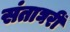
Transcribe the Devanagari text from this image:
संताघरीं